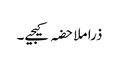
ذرا ملاحضہ کیجیے۔